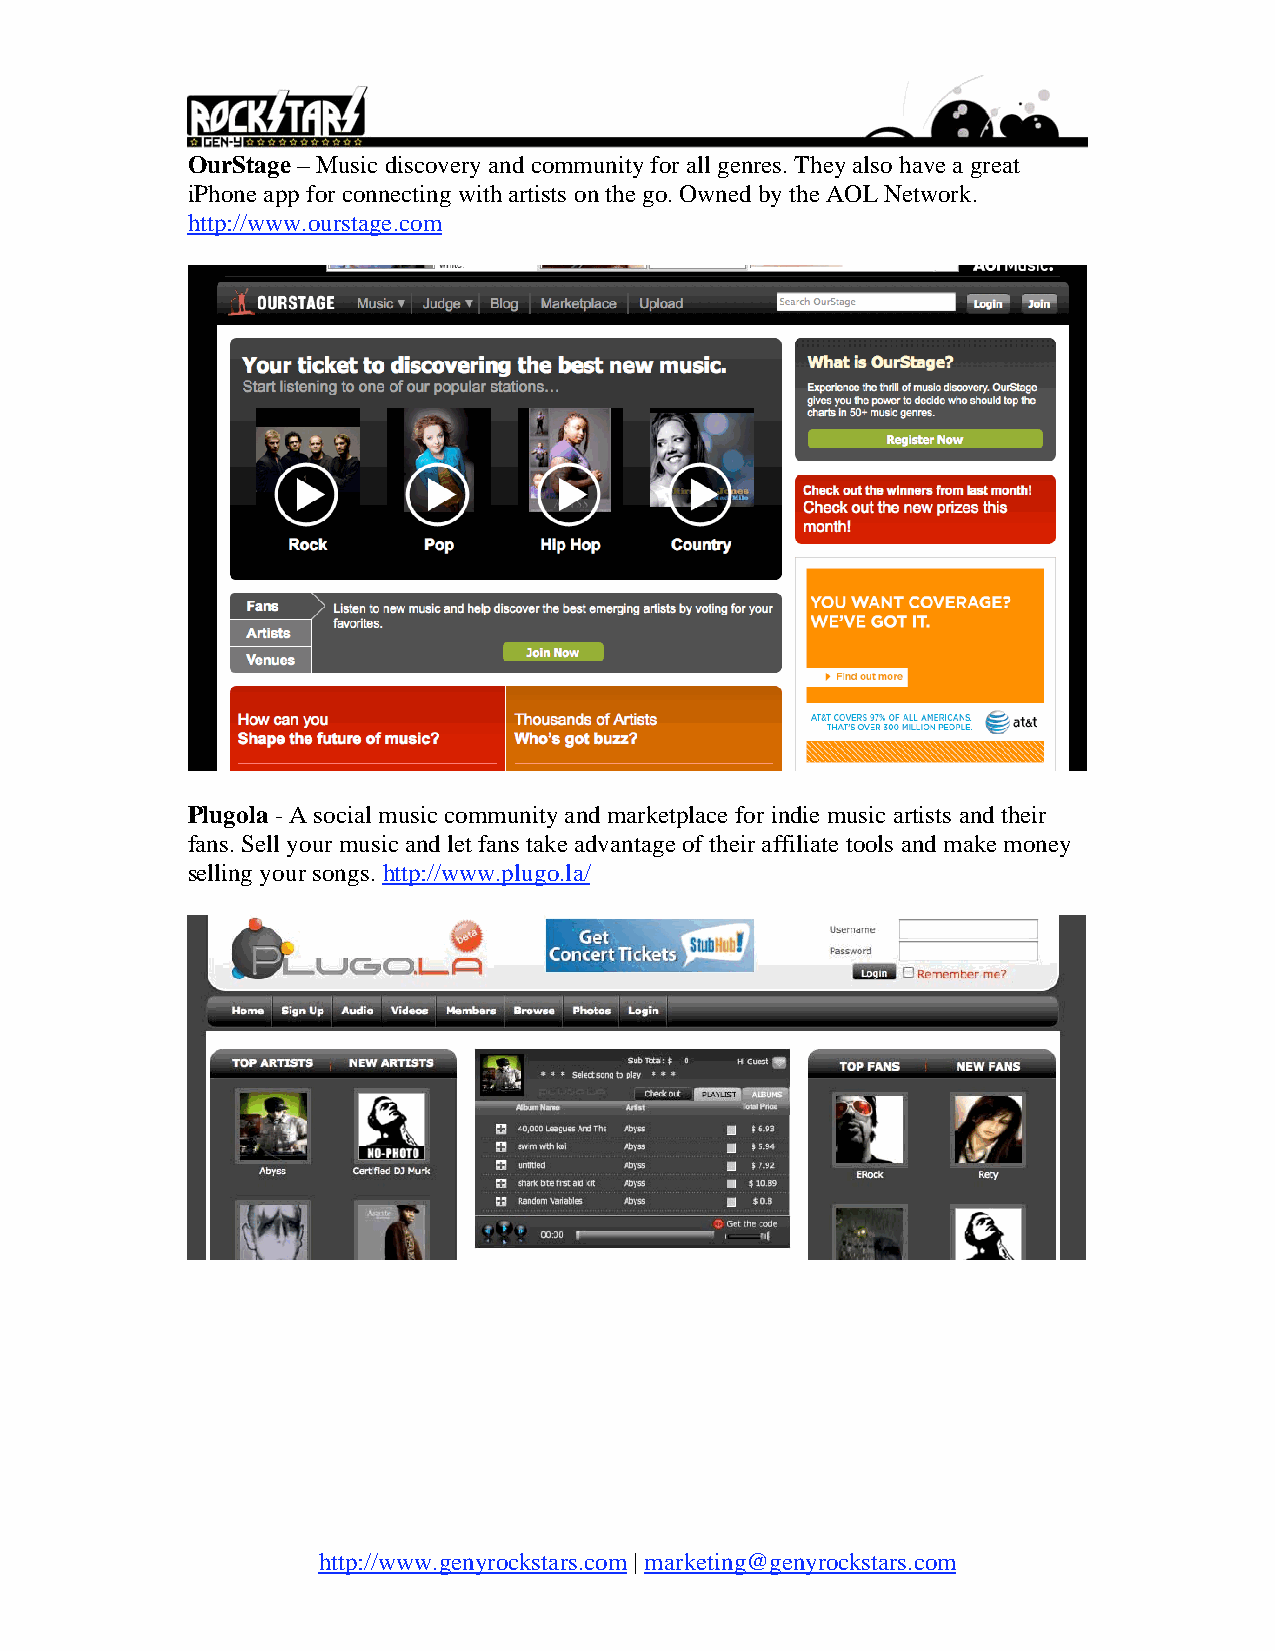
OurStage – Music discovery and community for all genres. They also have a great
 iPhone app for connecting with artists on the go. Owned by the AOL Network.
 http://www.ourstage.com
 Plugola - A social music community and marketplace for indie music artists and their
 fans. Sell your music and let fans take advantage of their affiliate tools and make money
 selling your songs. http://www.plugo.la/
 http://www.genyrockstars.com | marketing@genyrockstars.com